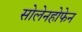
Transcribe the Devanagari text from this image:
सोलेनहोफेन